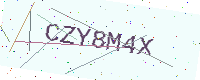
Text: CZY8M4X